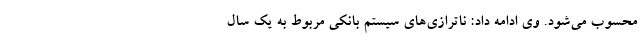
محسوب می‌شود. وی ادامه داد: ناترازی‌های سیستم بانکی مربوط به یک سال